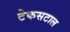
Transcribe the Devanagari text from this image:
टेकसटाल